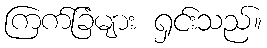
ကြက်ခြံများ ရှင်းသည်။